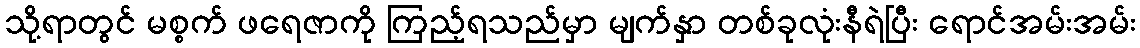
သို့ရာတွင် မစ္စက် ဖရေဇာကို ကြည့်ရသည်မှာ မျက်နှာ တစ်ခုလုံးနီရဲပြီး ရောင်အမ်းအမ်း